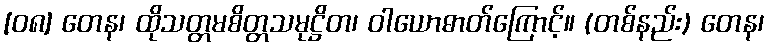
[၀၈] တေန၊ ထိုသတ္တမစိတ္တသမုဋ္ဌိတ၊ ဝါယောဓာတ်ကြောင့်။ (တစ်နည်း) တေန၊